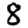
Digit: 8